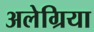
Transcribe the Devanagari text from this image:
अलेग्रिया